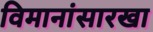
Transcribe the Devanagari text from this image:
विमानांसारखा